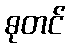
ဓုတင်